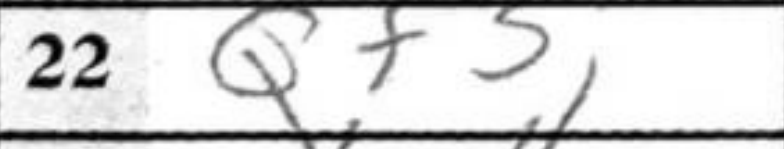
Transcription: Qf3